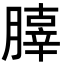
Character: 䐻